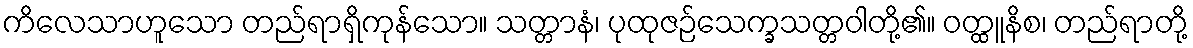
ကိလေသာဟူသော တည်ရာရှိကုန်သော။ သတ္တာနံ၊ ပုထုဇဉ်သေက္ခသတ္တဝါတို့၏။ ဝတ္ထူနိစ၊ တည်ရာတို့